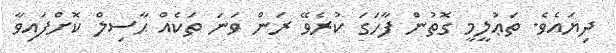
ދިޔައެވެ. ތަޢުލީމީ ގޮތުން ފާހަގަ ކުރެވޭ ރަން ވަނަ ތަކެއް ޙާސިލް ކޮށްފައިވާ